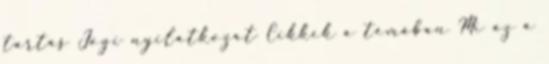
tartás Jogi nyilatkozat Cikkek a témában Mi az a